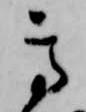
高